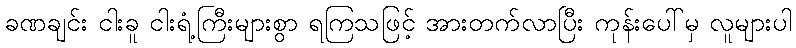
ခဏချင်း ငါးခူ ငါးရံ့ကြီးများစွာ ရကြသဖြင့် အားတက်လာပြီး ကုန်းပေါ်မှ လူများပါ